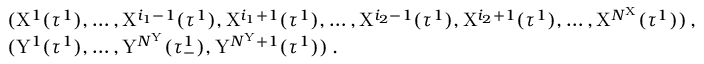
\begin{array} { r l } & { ( \mathrm { X } ^ { 1 } ( \tau ^ { 1 } ) , \dots , \mathrm { X } ^ { i _ { 1 } - 1 } ( \tau ^ { 1 } ) , \mathrm { X } ^ { i _ { 1 } + 1 } ( \tau ^ { 1 } ) , \dots , \mathrm { X } ^ { i _ { 2 } - 1 } ( \tau ^ { 1 } ) , \mathrm { X } ^ { i _ { 2 } + 1 } ( \tau ^ { 1 } ) , \dots , \mathrm { X } ^ { N ^ { \mathrm { X } } } ( \tau ^ { 1 } ) ) \, , } \\ & { ( \mathrm { Y } ^ { 1 } ( \tau ^ { 1 } ) , \dots , \mathrm { Y } ^ { N ^ { \mathrm { Y } } } ( \tau _ { - } ^ { 1 } ) , \mathrm { Y } ^ { N ^ { \mathrm { Y } } + 1 } ( \tau ^ { 1 } ) ) \, . } \end{array}